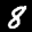
Label: 8